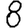
Digit: 8